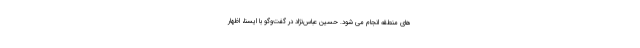
های منطقه انجام می شود. حسین عباس‌نژاد در گفت‌وگو با ایسنا، اظهار